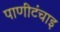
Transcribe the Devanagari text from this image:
पाणीटंचाइ